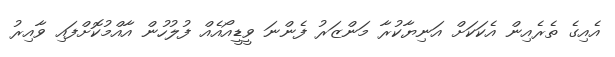
އެއިގެ ތެރެއިން އެކަކަށް އަނިޔާކުރާ މަންޒަރު ފެންނަ ވީޑީއޯއެއް ފުލުހުން އާއްމުކޮށްފައި ވާއިރު